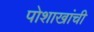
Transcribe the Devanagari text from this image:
पोशाखांची